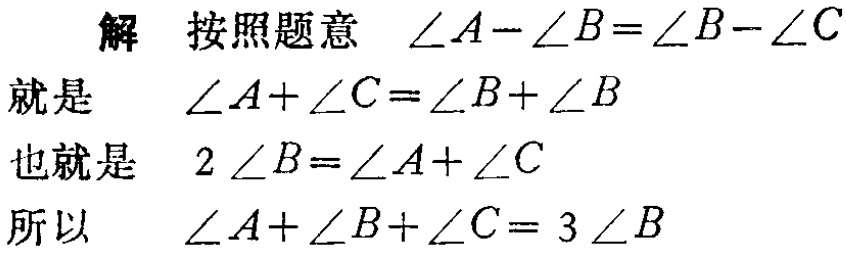
解 按照题意 $\angle A - \angle B = \angle B - \angle C$
就是 $\angle A + \angle C = \angle B + \angle B$
也就是 $2\angle B = \angle A + \angle C$
所以 $\angle A + \angle B + \angle C = 3\angle B$